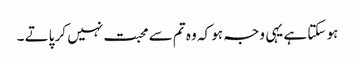
ہو سکتا ہے یہی وجہ ہو کہ وہ تم سے محبت نہیں کر پاتے ۔